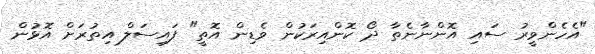
"އެހެންވީރު ސައި އޮންނާނެތާ ދޯ ކޮންއިރަކުން ވެޑިން އޮތީ" ފައިސަލް އިތުރަށް އޮޅުން